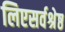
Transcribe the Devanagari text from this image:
लिएसर्वश्रेष्ठ